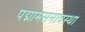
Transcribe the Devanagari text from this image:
पद्मामसनावस्था